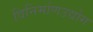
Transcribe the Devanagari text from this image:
विनिर्माणउद्योग